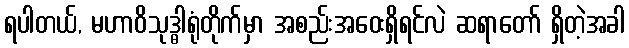
ရပါတယ်, မဟာဝိသုဒ္ဓါရုံတိုက်မှာ အစည်းအဝေးရှိရင်လဲ ဆရာတော် ရှိတဲ့အခါ